NAE_ERA_R-30_Eesti_Riiklik_Spordiamet, lk 92
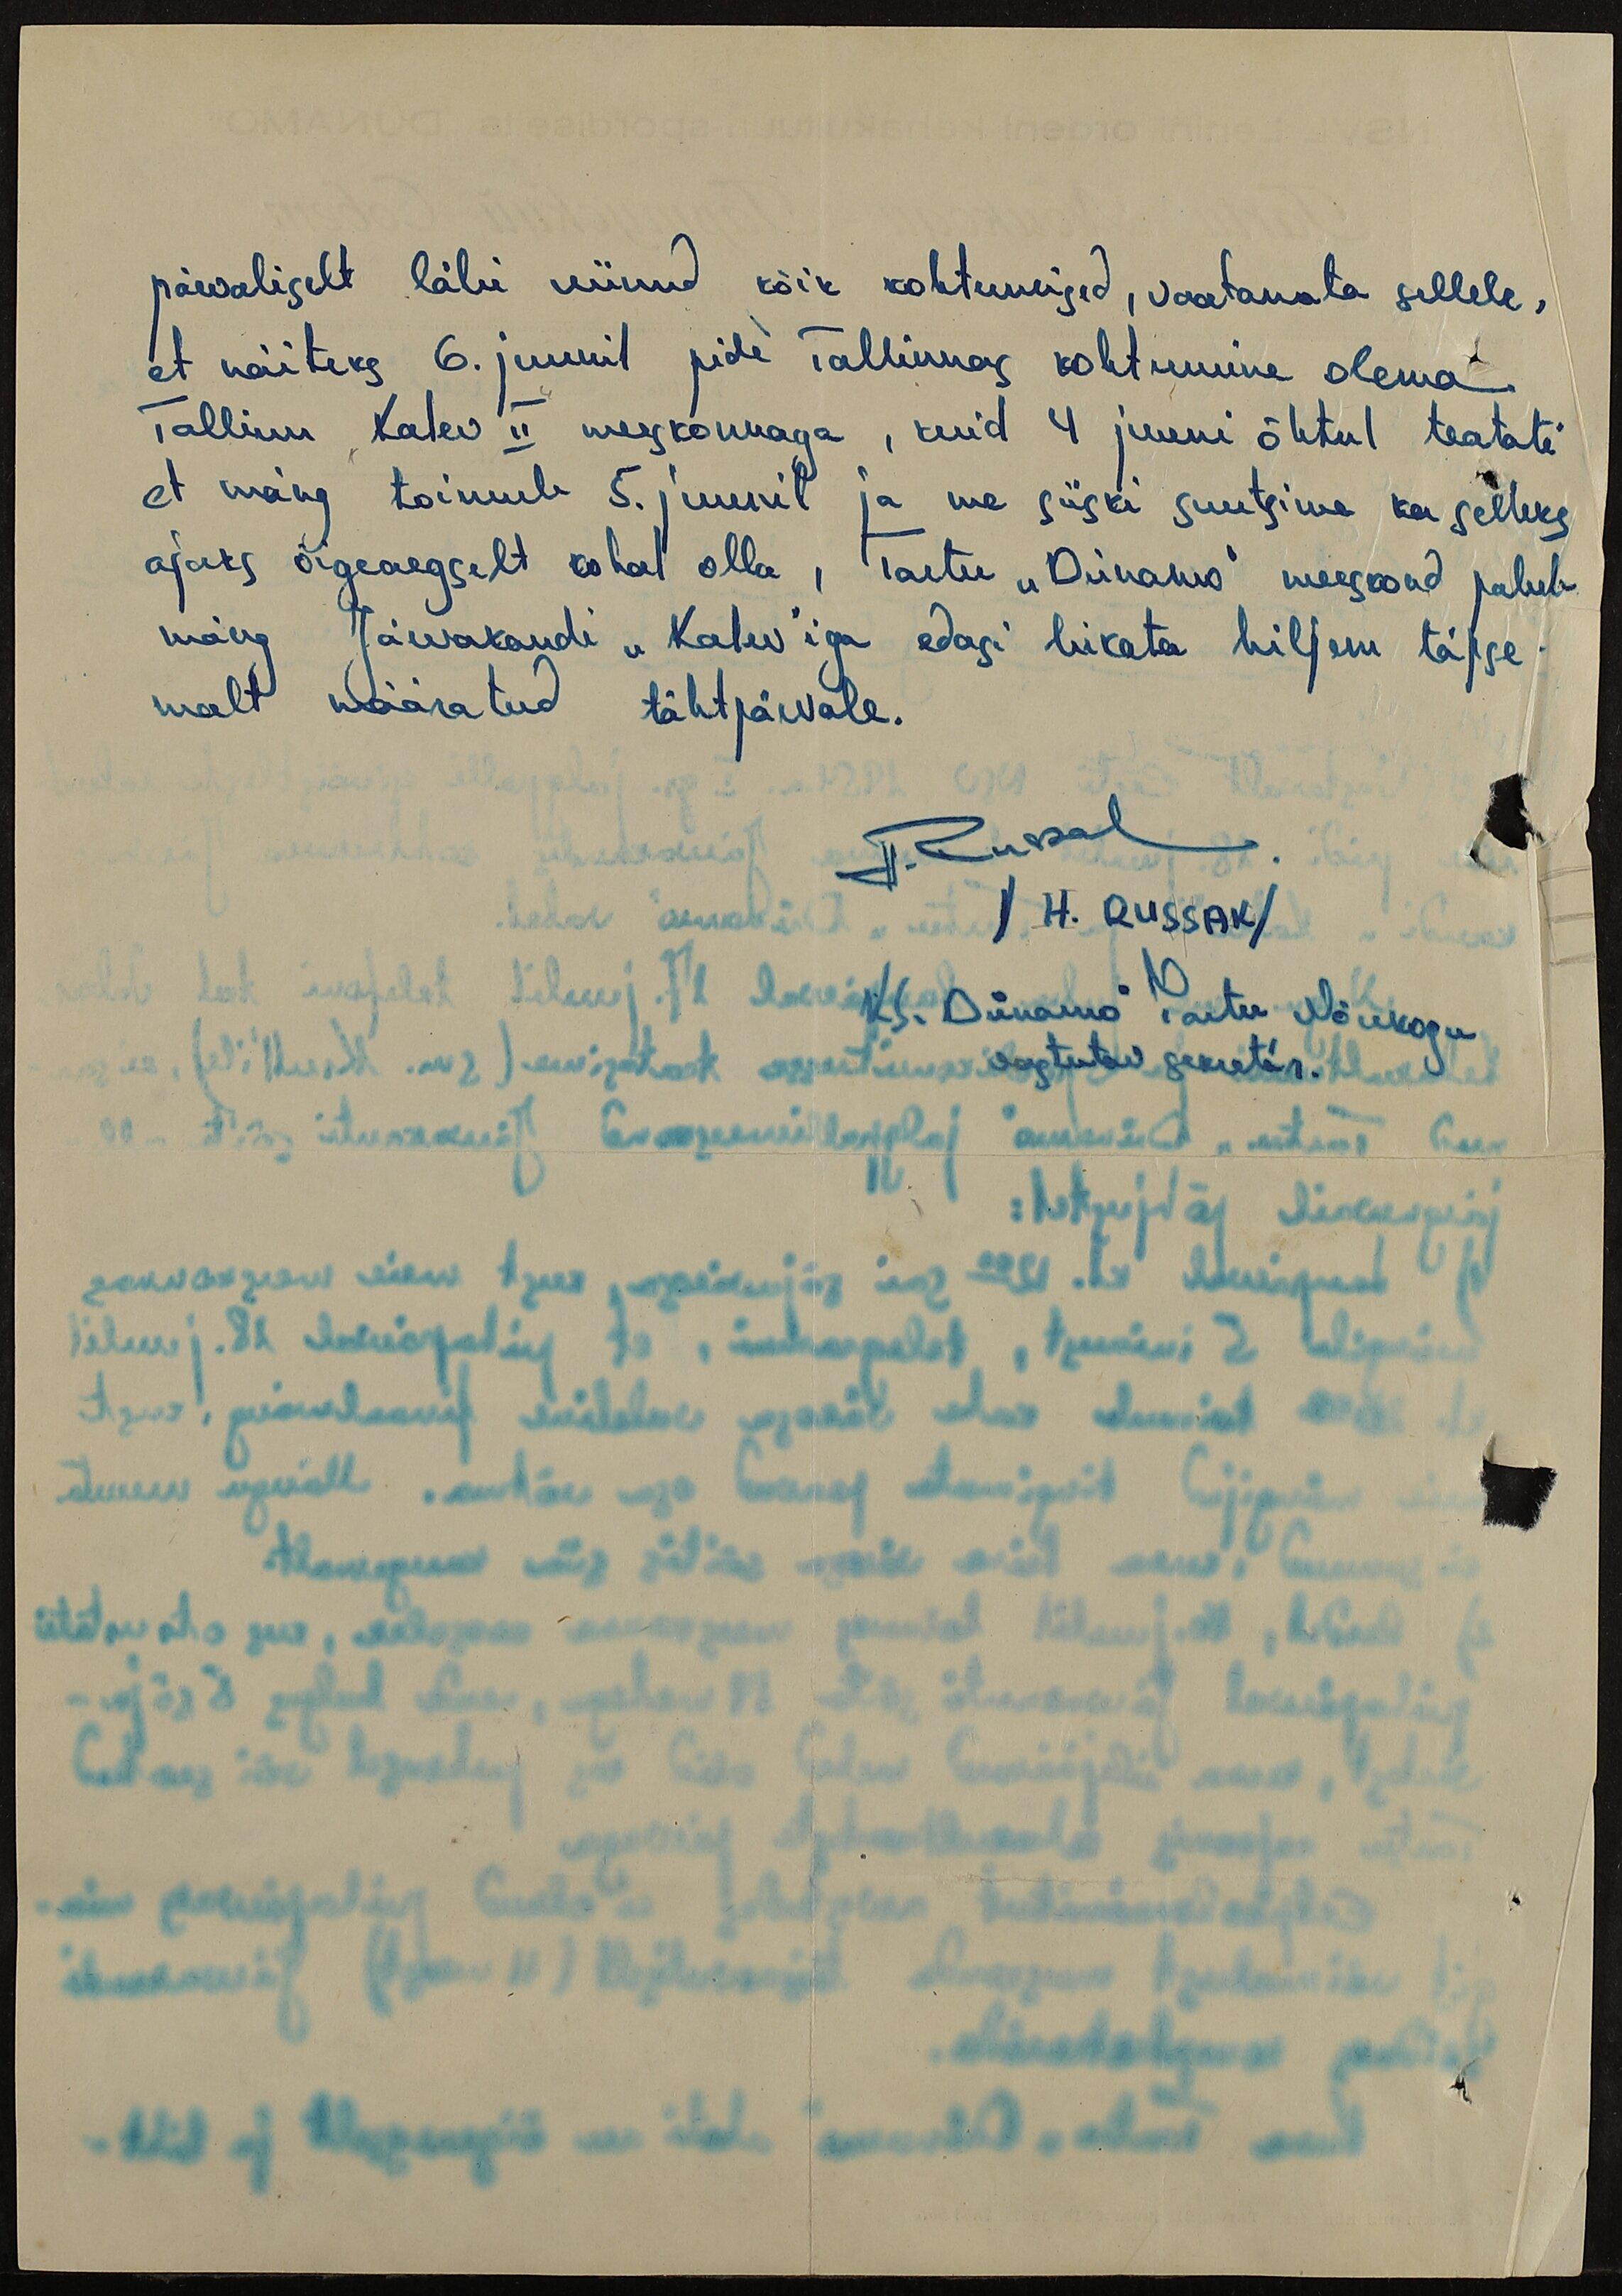
päevaliselt läbi viinud kõik kohtumised, vaatamata sellele,
et näiteks 6. juunil pidi Tallinnas kohtumine olema
Tallinn Kalev II meeskonnaga, kuid 4 juuni õhtul teatati
et mäng toimub 5. juunil ja me siiski suutsime ka selleks
ajaks õigeaegselt kohal olla Tartu "Dünamo" meeskond palub
mäng Järvakandi "Kalev" iga edasi lükata hiljem täpse-
malt määratud tähtpäevale.
H. Russak
/H. Russak/
KS "Dünamo" Tartu Nõukogu
vastutav sekretär.